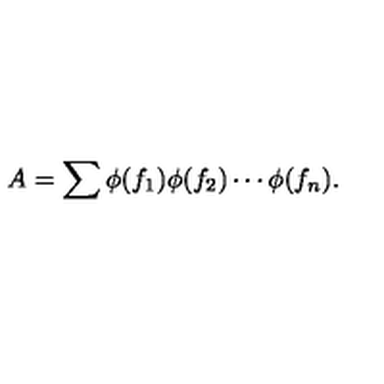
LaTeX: A = \sum \phi ( f _ { 1 } ) \phi ( f _ { 2 } ) \cdots \phi ( f _ { n } ) .